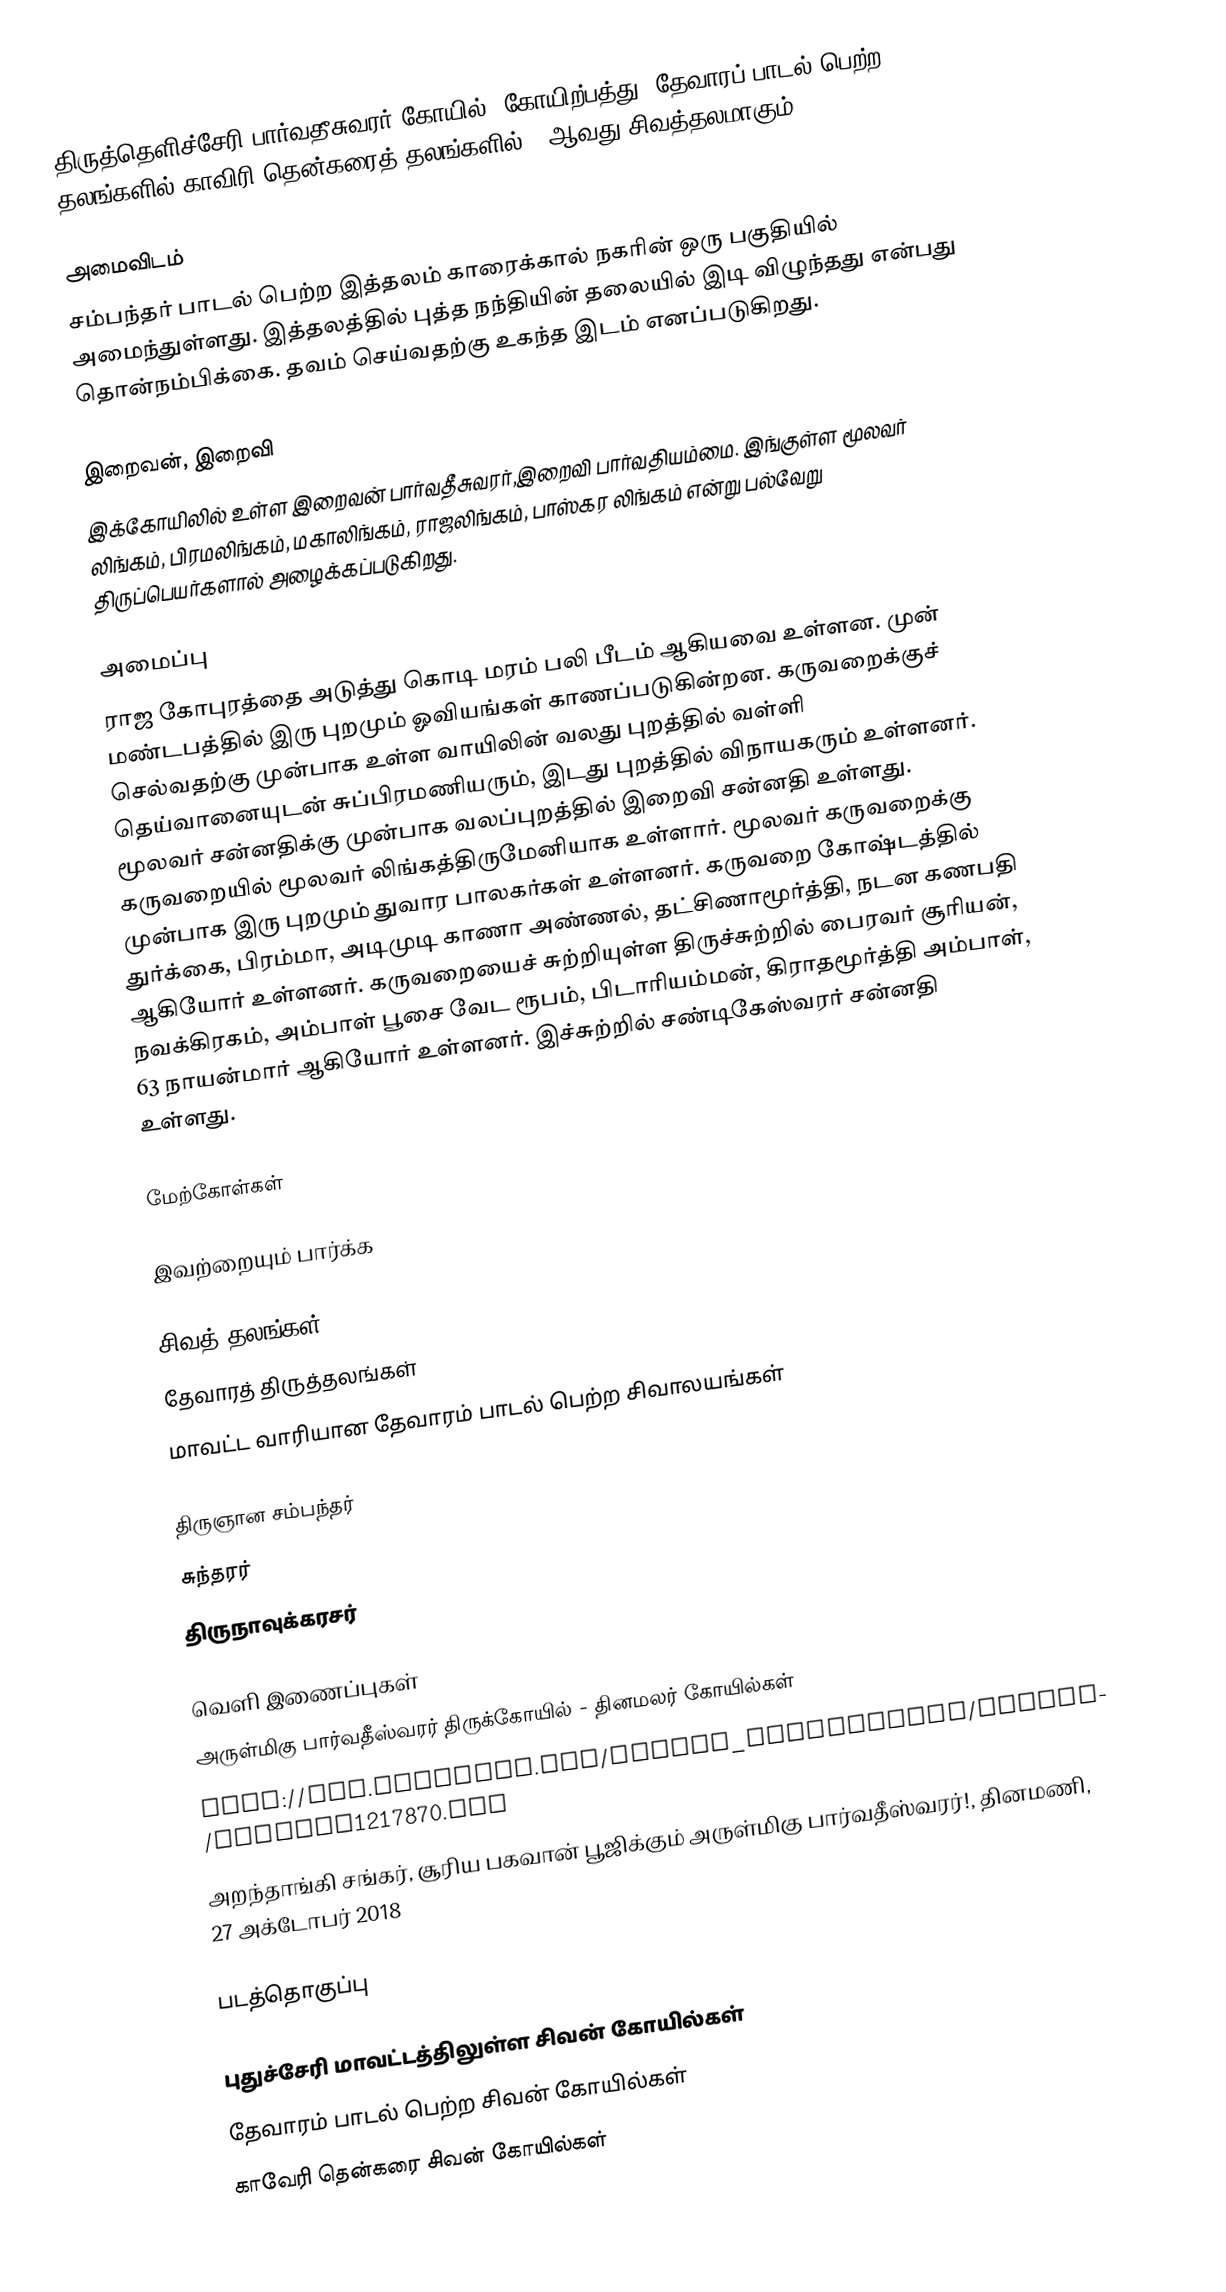
திருத்தெளிச்சேரி பார்வதீசுவரர் கோயில் (கோயிற்பத்து) தேவாரப் பாடல் பெற்ற தலங்களில் காவிரி தென்கரைத் தலங்களில் 50ஆவது சிவத்தலமாகும்.

அமைவிடம்
சம்பந்தர் பாடல் பெற்ற இத்தலம் காரைக்கால் நகரின் ஒரு பகுதியில் அமைந்துள்ளது. இத்தலத்தில் புத்த நந்தியின் தலையில் இடி விழுந்தது என்பது தொன்நம்பிக்கை. தவம் செய்வதற்கு உகந்த இடம் எனப்படுகிறது.

இறைவன், இறைவி
இக்கோயிலில் உள்ள இறைவன் பார்வதீசுவரர்,இறைவி பார்வதியம்மை. இங்குள்ள மூலவர் லிங்கம், பிரமலிங்கம், மகாலிங்கம், ராஜலிங்கம், பாஸ்கர லிங்கம் என்று பல்வேறு திருப்பெயர்களால் அழைக்கப்படுகிறது.

அமைப்பு
ராஜ கோபுரத்தை அடுத்து கொடி மரம் பலி பீடம் ஆகியவை உள்ளன. முன் மண்டபத்தில் இரு புறமும் ஓவியங்கள் காணப்படுகின்றன. கருவறைக்குச் செல்வதற்கு முன்பாக உள்ள வாயிலின் வலது புறத்தில் வள்ளி தெய்வானையுடன் சுப்பிரமணியரும், இடது புறத்தில் விநாயகரும் உள்ளனர். மூலவர் சன்னதிக்கு முன்பாக வலப்புறத்தில் இறைவி சன்னதி உள்ளது. கருவறையில் மூலவர் லிங்கத்திருமேனியாக உள்ளார். மூலவர் கருவறைக்கு முன்பாக இரு புறமும் துவார பாலகர்கள் உள்ளனர்.   கருவறை கோஷ்டத்தில் துர்க்கை, பிரம்மா, அடிமுடி காணா அண்ணல், தட்சிணாமூர்த்தி, நடன கணபதி ஆகியோர் உள்ளனர்.  கருவறையைச் சுற்றியுள்ள திருச்சுற்றில் பைரவர் சூரியன், நவக்கிரகம், அம்பாள் பூசை வேட ரூபம், பிடாரியம்மன், கிராதமூர்த்தி அம்பாள், 63 நாயன்மார் ஆகியோர் உள்ளனர். இச்சுற்றில் சண்டிகேஸ்வரர் சன்னதி உள்ளது.

மேற்கோள்கள்

இவற்றையும் பார்க்க

 சிவத் தலங்கள்
 தேவாரத் திருத்தலங்கள்
 மாவட்ட வாரியான தேவாரம் பாடல் பெற்ற சிவாலயங்கள்

 திருஞான சம்பந்தர்
 சுந்தரர்
 திருநாவுக்கரசர்

வெளி இணைப்புகள்
 அருள்மிகு பார்வதீஸ்வரர் திருக்கோயில் - தினமலர் கோயில்கள்
 http://www.dinamani.com/weekly_supplements/kadhir/article1217870.ece
 அறந்தாங்கி சங்கர், சூரிய பகவான் பூஜிக்கும் அருள்மிகு பார்வதீஸ்வரர்!, தினமணி, 27 அக்டோபர் 2018

படத்தொகுப்பு

புதுச்சேரி மாவட்டத்திலுள்ள சிவன் கோயில்கள்
தேவாரம் பாடல் பெற்ற சிவன் கோயில்கள்
காவேரி தென்கரை சிவன் கோயில்கள்